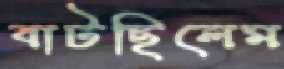
বাটছিলেম